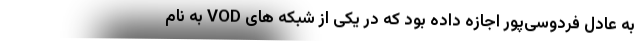
به عادل فردوسی‌پور اجازه داده بود که در یکی از شبکه های VOD به نام